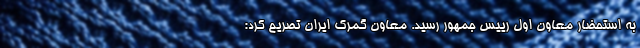
به استحضار معاون اول رییس جمهور رسید. معاون گمرک ایران تصریح کرد: